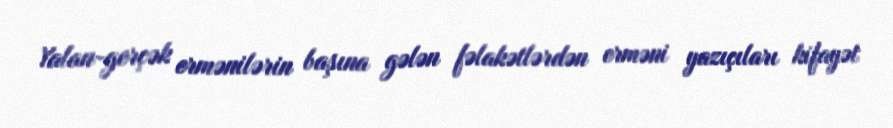
Yalan-gerçək ermənilərin başına gələn fəlakətlərdən erməni yazıçıları kifayət